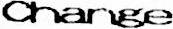
CHANGE